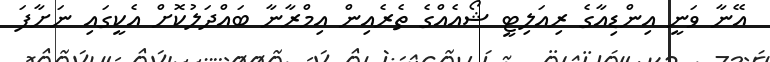
އޭނާ ވަނީ އިންޑިއާގެ ރިއަލިޓީ ޝޯއެއްގެ ތެެރެއިން އިމްރާނާ ބައްދަލުކޮށް އެކީގައި ނަށާފަ